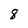
Character: 8